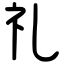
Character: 礼